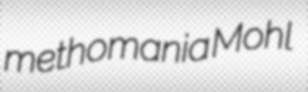
methomania Mohl